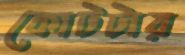
কোটটার